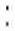
: